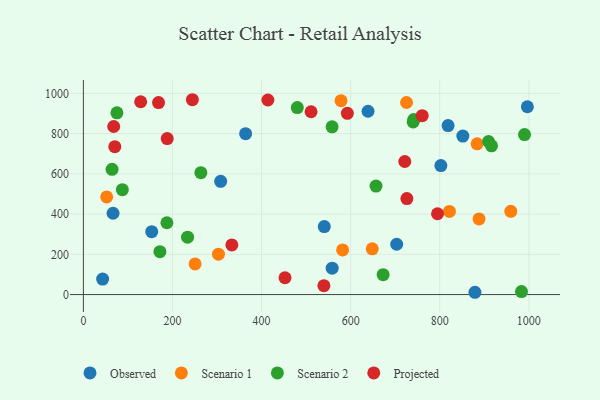
{"axis": {"x": "Engine Size", "y": "Salary"}, "legend": ["Observed", "Projected", "Scenario 1", "Scenario 2"], "data": [{"x": "818.7", "y": 839.9, "type": "Observed"}, {"x": "851.8", "y": 787.6, "type": "Observed"}, {"x": "558.5", "y": 131.3, "type": "Observed"}, {"x": "43.2", "y": 76.9, "type": "Observed"}, {"x": "308.2", "y": 563.1, "type": "Observed"}, {"x": "879.0", "y": 11.4, "type": "Observed"}, {"x": "66.6", "y": 404.3, "type": "Observed"}, {"x": "540.8", "y": 337.8, "type": "Observed"}, {"x": "153.4", "y": 312.8, "type": "Observed"}, {"x": "802.5", "y": 641.1, "type": "Observed"}, {"x": "996.7", "y": 933.6, "type": "Observed"}, {"x": "703.3", "y": 250.0, "type": "Observed"}, {"x": "639.0", "y": 911.3, "type": "Observed"}, {"x": "364.2", "y": 799.8, "type": "Observed"}, {"x": "52.3", "y": 485.6, "type": "Scenario 1"}, {"x": "582.0", "y": 221.8, "type": "Scenario 1"}, {"x": "578.4", "y": 963.8, "type": "Scenario 1"}, {"x": "725.4", "y": 954.7, "type": "Scenario 1"}, {"x": "883.9", "y": 749.5, "type": "Scenario 1"}, {"x": "888.2", "y": 375.9, "type": "Scenario 1"}, {"x": "250.8", "y": 152.3, "type": "Scenario 1"}, {"x": "821.7", "y": 413.5, "type": "Scenario 1"}, {"x": "648.5", "y": 227.4, "type": "Scenario 1"}, {"x": "303.2", "y": 200.9, "type": "Scenario 1"}, {"x": "959.5", "y": 413.7, "type": "Scenario 1"}, {"x": "64.4", "y": 622.6, "type": "Scenario 2"}, {"x": "741.7", "y": 869.8, "type": "Scenario 2"}, {"x": "909.5", "y": 760.8, "type": "Scenario 2"}, {"x": "990.3", "y": 795.2, "type": "Scenario 2"}, {"x": "75.3", "y": 903.4, "type": "Scenario 2"}, {"x": "672.9", "y": 98.7, "type": "Scenario 2"}, {"x": "187.5", "y": 357.1, "type": "Scenario 2"}, {"x": "171.8", "y": 213.4, "type": "Scenario 2"}, {"x": "916.2", "y": 739.6, "type": "Scenario 2"}, {"x": "480.2", "y": 929.3, "type": "Scenario 2"}, {"x": "656.9", "y": 539.1, "type": "Scenario 2"}, {"x": "233.9", "y": 285.1, "type": "Scenario 2"}, {"x": "983.5", "y": 14.9, "type": "Scenario 2"}, {"x": "263.7", "y": 606.1, "type": "Scenario 2"}, {"x": "87.5", "y": 521.2, "type": "Scenario 2"}, {"x": "740.3", "y": 858.1, "type": "Scenario 2"}, {"x": "558.3", "y": 833.7, "type": "Scenario 2"}, {"x": "188.2", "y": 775.2, "type": "Projected"}, {"x": "70.5", "y": 735.2, "type": "Projected"}, {"x": "244.7", "y": 968.5, "type": "Projected"}, {"x": "721.5", "y": 661.4, "type": "Projected"}, {"x": "68.1", "y": 835.5, "type": "Projected"}, {"x": "795.0", "y": 401.7, "type": "Projected"}, {"x": "128.6", "y": 958.5, "type": "Projected"}, {"x": "414.2", "y": 967.1, "type": "Projected"}, {"x": "726.2", "y": 477.1, "type": "Projected"}, {"x": "511.1", "y": 908.7, "type": "Projected"}, {"x": "168.7", "y": 954.2, "type": "Projected"}, {"x": "592.6", "y": 900.9, "type": "Projected"}, {"x": "452.6", "y": 83.7, "type": "Projected"}, {"x": "539.9", "y": 44.0, "type": "Projected"}, {"x": "333.3", "y": 246.8, "type": "Projected"}, {"x": "760.6", "y": 889.3, "type": "Projected"}]}